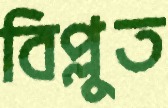
বিপ্লুত